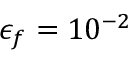
\epsilon _ { f } = 1 0 ^ { - 2 }